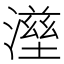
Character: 𤀟